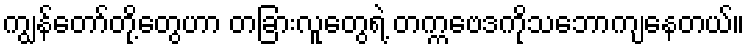
ကျွန်တော်တို့တွေဟာ တခြားလူတွေရဲ့ တက္ကဗေဒကိုသဘောကျနေတယ်။